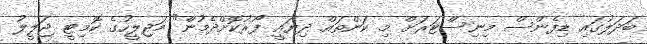
ބަދަލުގައި ޑިފެންސް މިނިސްޓަރަށް މި ކަންތައް ދިޔައީ ފޯރުކޮށްދެމުން" މަޖިލީހުގެ ކޮމިޓީ ޖަލީލު